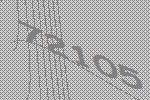
72105